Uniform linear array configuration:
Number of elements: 64
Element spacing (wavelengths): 0.5
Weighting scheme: kaiser
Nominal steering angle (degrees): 45
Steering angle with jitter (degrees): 45.678
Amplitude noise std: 0.05
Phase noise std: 0.05

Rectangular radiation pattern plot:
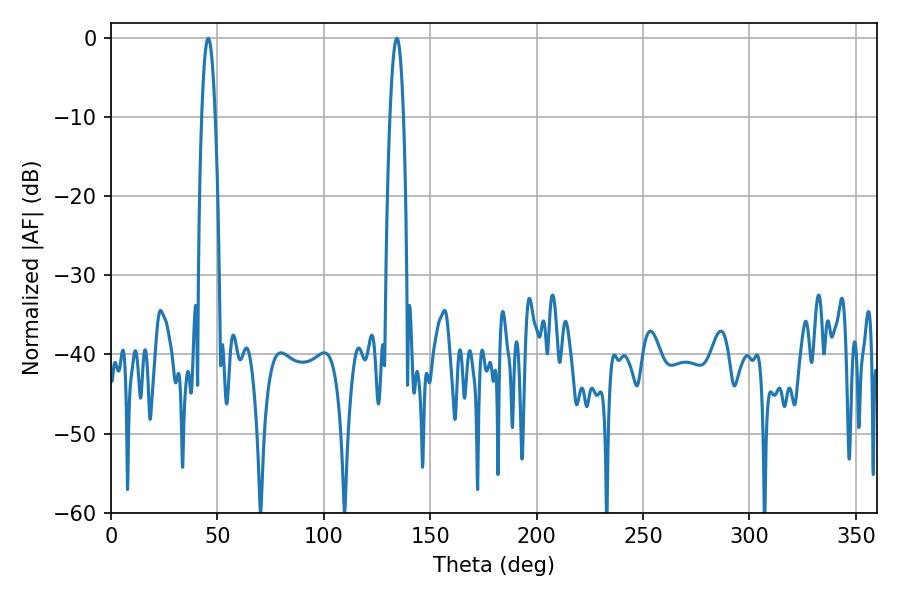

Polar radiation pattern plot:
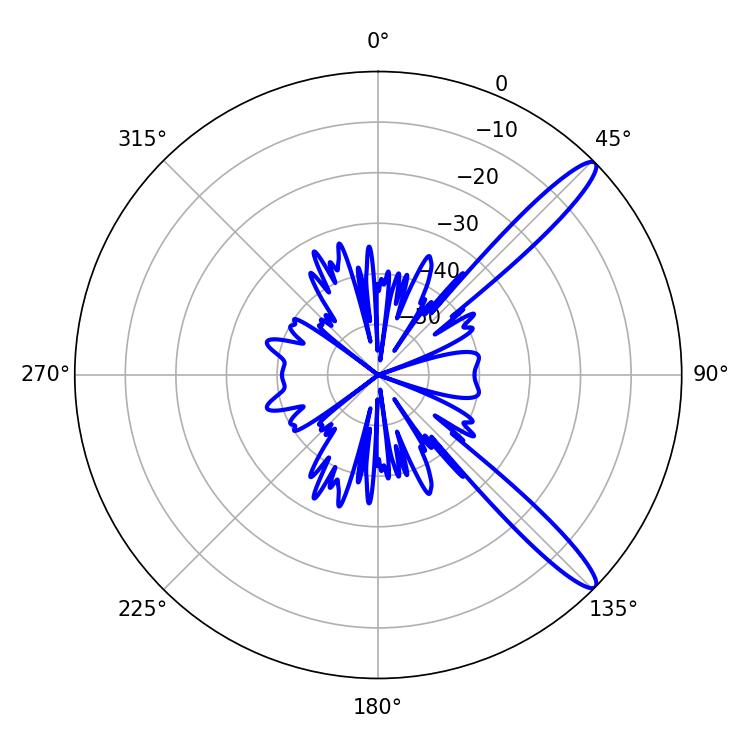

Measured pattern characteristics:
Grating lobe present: FALSE
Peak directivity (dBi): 13.232
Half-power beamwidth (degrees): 3.6
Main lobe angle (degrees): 134.28